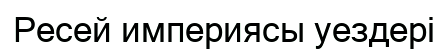
Ресей империясы уездері